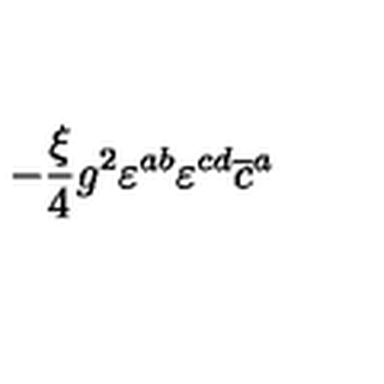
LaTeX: - \frac { \xi } { 4 } g ^ { 2 } \varepsilon ^ { a b } \varepsilon ^ { c d } \overline { { c } } ^ { a }